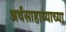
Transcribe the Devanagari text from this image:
अर्थसाहाय्याच्या